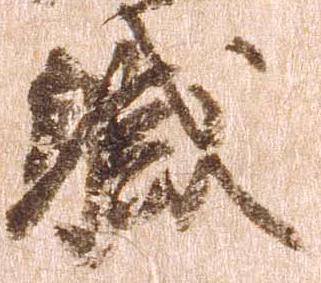
職